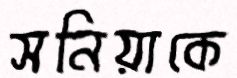
সনিয়াকে